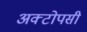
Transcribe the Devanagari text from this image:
अक्टोपसी